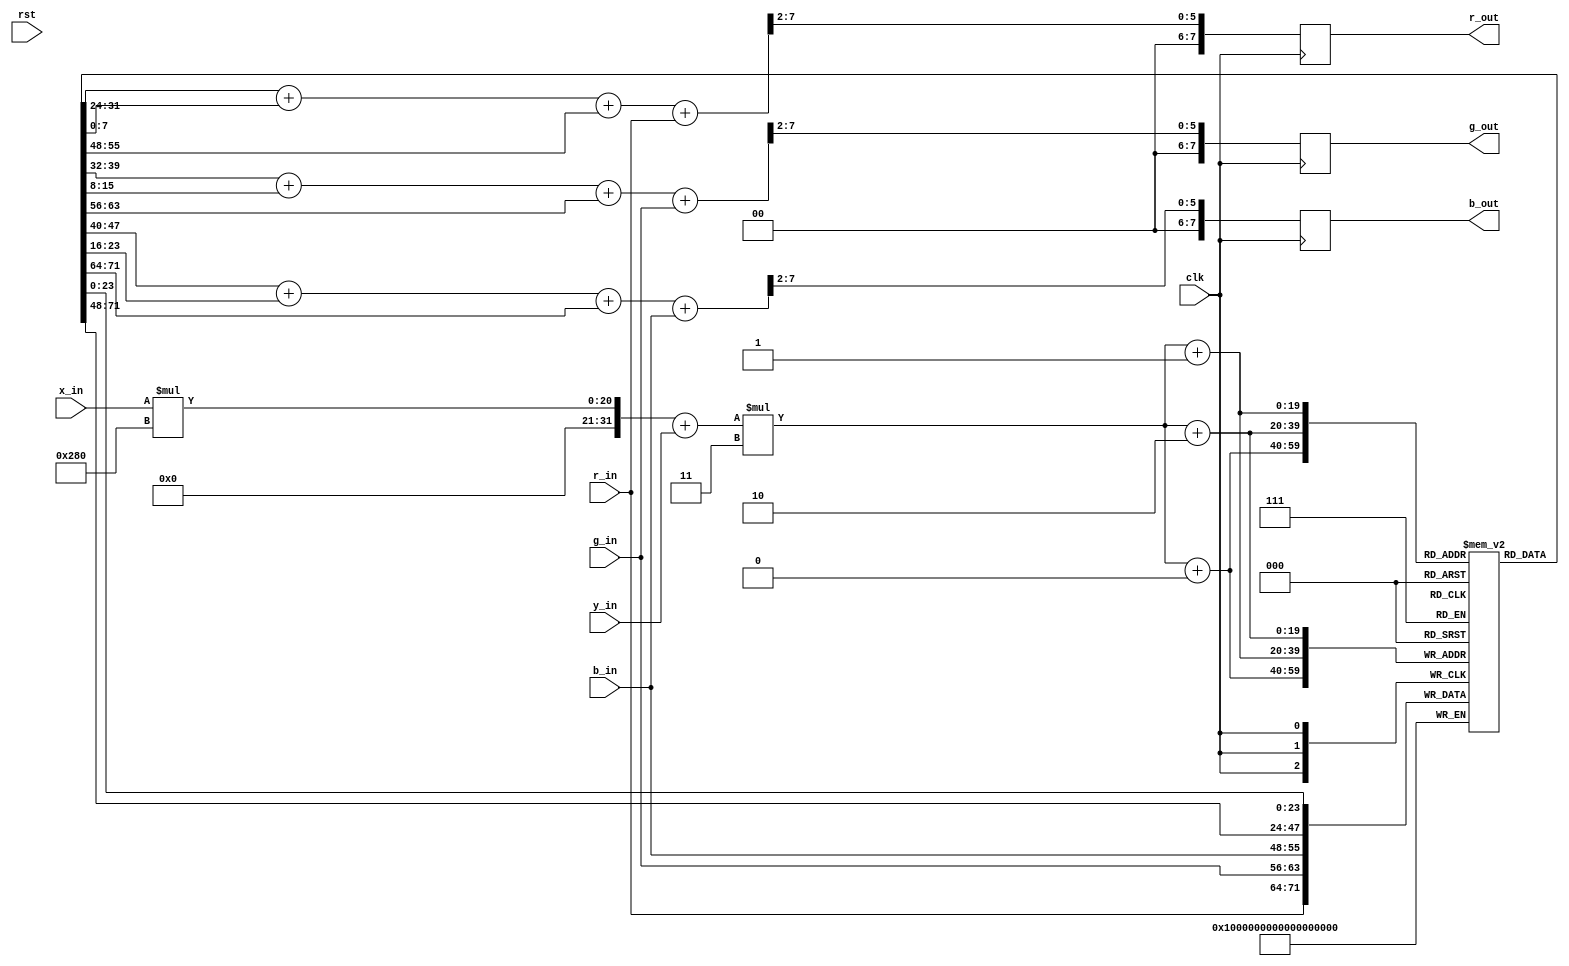
module TEMPORAL_FILTER(
	input                         clk,
	input                         rst,
	input	     [7:0]            r_in,
	input	     [7:0]            g_in,
	input	     [7:0]            b_in,
    input        [10:0]           x_in,
    input        [10:0]           y_in,
	output reg 	 [7:0] 			  r_out,
	output reg   [7:0] 			  g_out,
	output reg   [7:0] 			  b_out
);

/*
    This module implements a temporal moving average filter of the image frame.
    It saves the last n frames, adds the last n pixels at each x,y position, then gets the mean by division by n.
    This should reduce the noise that is present in the image and should ideally improve the performance of the image processor.
*/

reg [23:0] frame_history [480-1:0][640-1:0][2:0];

always @(posedge clk) begin
    // Shift the previous pixel values through the array
    frame_history[x_in][y_in][2] <= frame_history[x_in][y_in][1];
    frame_history[x_in][y_in][1] <= frame_history[x_in][y_in][0];
    frame_history[x_in][y_in][0] <= {r_in,g_in,b_in};

    // Calculate the moving average of the current pixel coordinate
    r_out <= (frame_history[x_in][y_in][2][7:0] + frame_history[x_in][y_in][1][7:0] + frame_history[x_in][y_in][0][7:0] + r_in ) >> 2;
    g_out <= (frame_history[x_in][y_in][2][15:8] + frame_history[x_in][y_in][1][15:8] + frame_history[x_in][y_in][0][15:8] + g_in ) >> 2;
    b_out <= (frame_history[x_in][y_in][2][23:16] + frame_history[x_in][y_in][1][23:16] + frame_history[x_in][y_in][0][23:16] + b_in ) >> 2;
end

endmodule